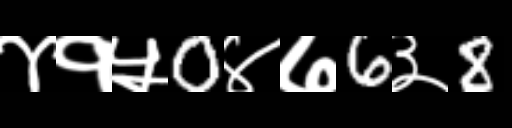
Text: ४१५0४७6३8